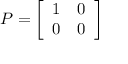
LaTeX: P = { \left[ \begin{array} { l l } { 1 } & { 0 } \\ { 0 } & { 0 } \end{array} \right] }